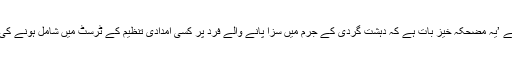
ولیم شوکروں کا کہنا ہے ’یہ مضحکہ خیز بات ہے کہ دہشت گردی کے جرم میں سزا پانے والے فرد پر کسی امدادی تنظیم کے ٹرسٹ میں شامل ہونے کی کوئی پابندی نہیں ہے۔